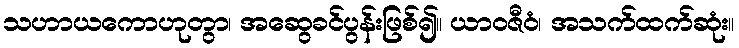
သဟာယကောဟုတွာ၊ အဆွေခင်ပွန်းဖြစ်၍။ ယာဝဇီဝံ၊ အသက်ထက်ဆုံး။